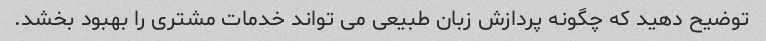
توضیح دهید که چگونه پردازش زبان طبیعی می تواند خدمات مشتری را بهبود بخشد.